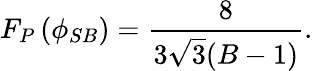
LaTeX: F_{P}\left(\phi_{SB}\right)=\frac{8}{3\sqrt{3}(B-1)}.